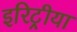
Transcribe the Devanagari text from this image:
इरिट्रीया